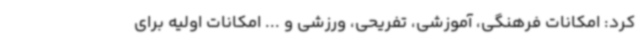
کرد: امکانات فرهنگی، آموزشی، تفریحی، ورزشی و ... امکانات اولیه برای